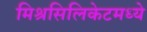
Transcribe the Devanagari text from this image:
मिश्रसिलिकेटमध्ये